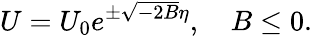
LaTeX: U=U_{0}e^{\pm\sqrt{-2B}\eta},\quad B\le 0.